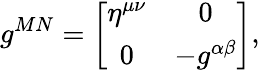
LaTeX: g^{MN}=\left[\begin{array}{cc}{{\eta^{\mu\nu}}}&{{0}}\\ {{0}}&{{-g^{\alpha\beta}}}\end{array}\right],